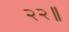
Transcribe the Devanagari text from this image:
२२॥